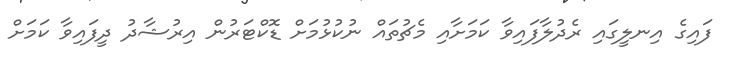
ފައިގެ އިނލީގައި ރެދުލާފައިވާ ކަމަށާއި މެޗުތައް ނުކުޅުމަށް ޑޮކްޓަރުން އިރުޝާދު ދީފައިވާ ކަމަށް